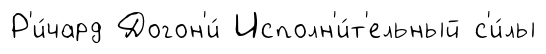
Р'и́чард Догон'и́ Исполн'и́т'ельный с'и́лы